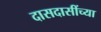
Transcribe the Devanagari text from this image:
दासदासींच्या